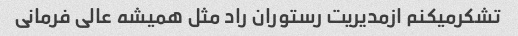
تشکرمیکنم ازمدیریت رستوران راد مثل همیشه عالی فرمانی